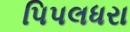
પિપલધરા